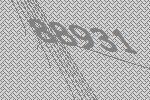
88931